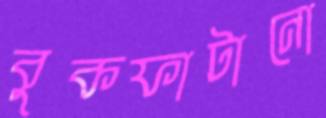
বুকফাটানো